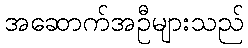
အဆောက်အဦများသည်